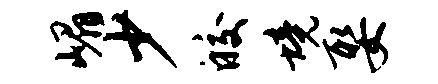
嵋少皎境娶